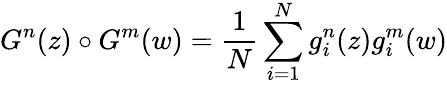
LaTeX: G^{n}(z)\circ G^{m}(w)={\frac{1}{N}}\sum_{i=1}^{N}g_{i}^{n}(z)g_{i}^{m}(w)